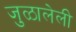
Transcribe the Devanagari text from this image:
जुळालेली